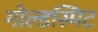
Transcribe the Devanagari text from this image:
गोल्डस्मिट